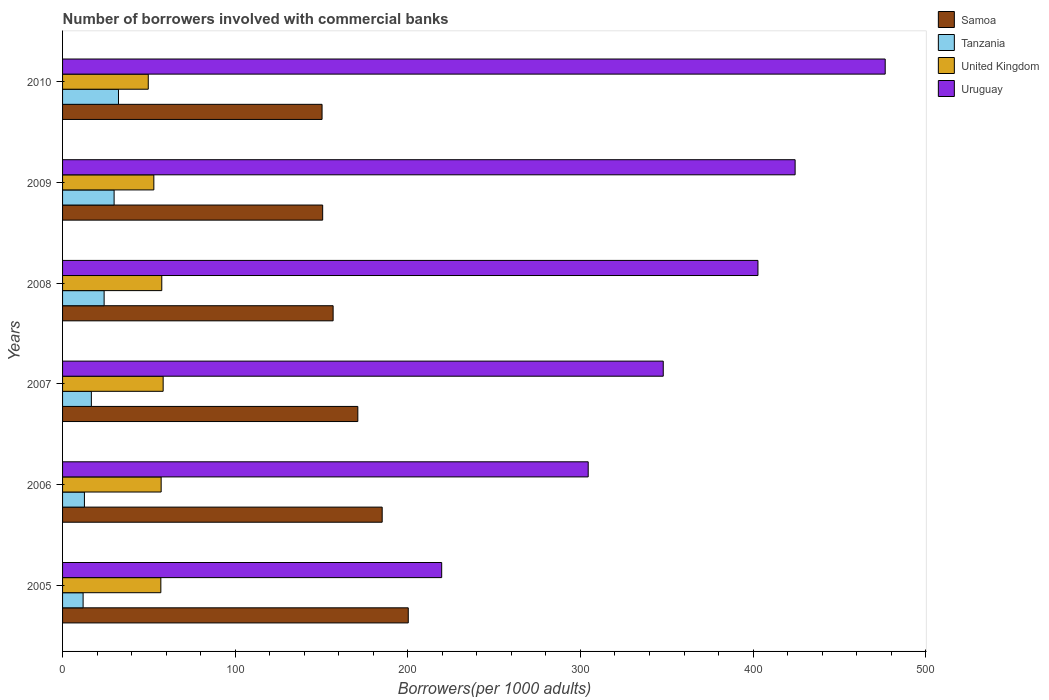
| Years | Samoa | Tanzania | United Kingdom | Uruguay |
 | --- | --- | --- | --- | --- |
 | 2005 | 200 | 11.9 | 56.9 | 220 |
 | 2006 | 185 | 12.7 | 57.1 | 305 |
 | 2007 | 171 | 16.7 | 58.3 | 348 |
 | 2008 | 157 | 24.1 | 57.5 | 403 |
 | 2009 | 151 | 29.9 | 52.9 | 424 |
 | 2010 | 150 | 32.4 | 49.6 | 477 |